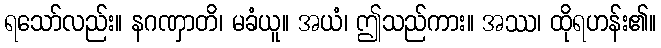
ရသော်လည်း။ နဂဏှာတိ၊ မခံယူ။ အယံ၊ ဤသည်ကား။ အဿ၊ ထိုရဟန်း၏။